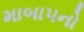
માબાપનો